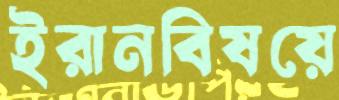
ইরানবিষয়ে